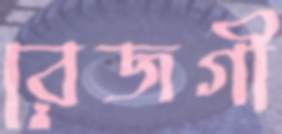
রেজগী